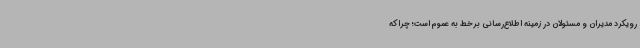
رویکرد مدیران و مسئولان در زمینه اطلاع‌رسانی برخط به عموم است؛ چراکه